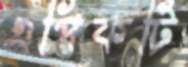
এপিকটি